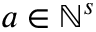
a \in \ensuremath { \mathbb { N } } ^ { s }